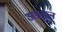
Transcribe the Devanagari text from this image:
अडकुन